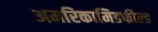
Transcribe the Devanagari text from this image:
अमरिकामिडफील्‍ड